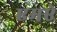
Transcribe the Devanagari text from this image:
एमऐ